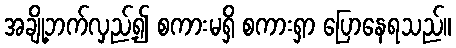
အချို့ဘက်လှည့်၍ စကားမရှိ စကားရှာ ပြောနေရသည်။